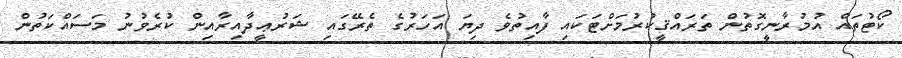
ކޯޓުތައް އުމުރާނީގޮތުން ތަރައްޤީކުރުމަށްޓަކައި ފާއިތުވެ ދިޔަ އަހަރުގެ ތެރޭގައި ޝަރުޢީދާއިރާއިން ކުރެވުނު މަސައްކަތުން